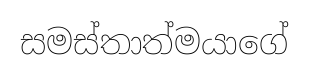
සමස්තාත්මයාගේ